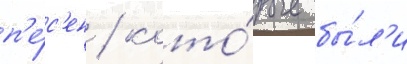
п'е́с'ен / кото́рые бы́л'и